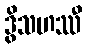
ဒွိသဟဿီ